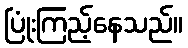
ပြုံးကြည့်နေသည်။